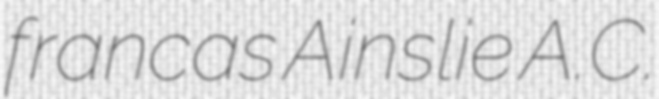
francas Ainslie A.C.